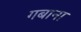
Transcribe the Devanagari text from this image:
गबाना